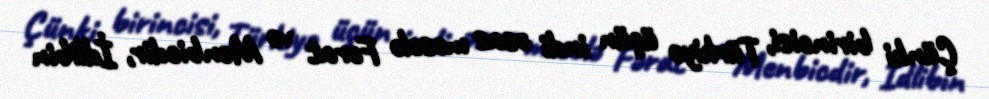
Çünki birincisi, Türkiyə üçün indi əsas məsələ Fərat və Menbicdir, İdlibin